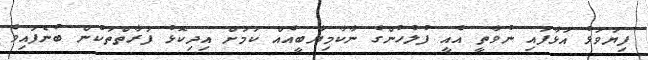
ފިޔަވަޅު އަޅާފައި ނުވާތީ އެއީ ފުލުހުންގެ ނާކާމިޔާބީއެއް ކަމަށް އިދިކޮޅު ފަރާތްތަކުން ބުނެފައިވެ